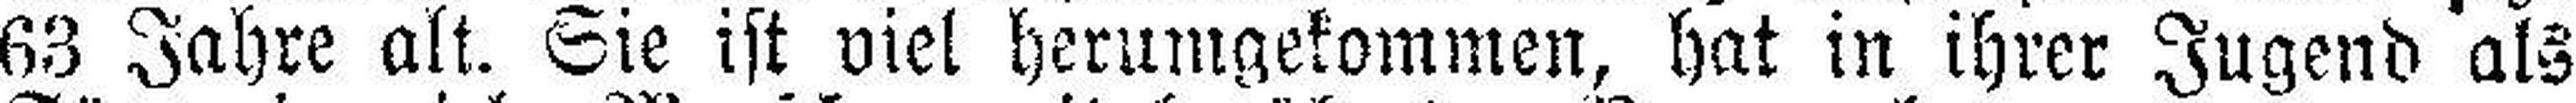
68 Jahre alt. Sie ist viel herumgekommen, hat in ihrer Jugend als